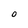
Character: O